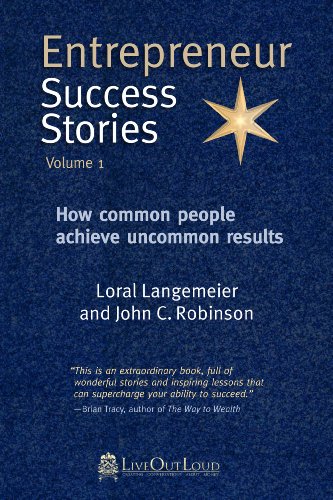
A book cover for Entrepreneur Success Stories: How Common People Achieve Uncommon Results, Vol. 1; Business & Money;